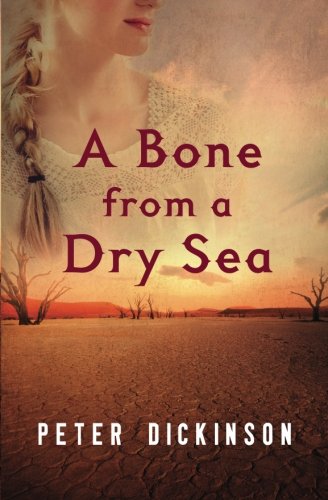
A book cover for A Bone from a Dry Sea; Peter Dickinson; Teen & Young Adult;